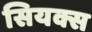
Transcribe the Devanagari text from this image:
सियक्स